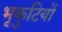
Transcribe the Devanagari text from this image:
भृकुटियों